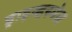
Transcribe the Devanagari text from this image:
ड्राइव्हस्पेस